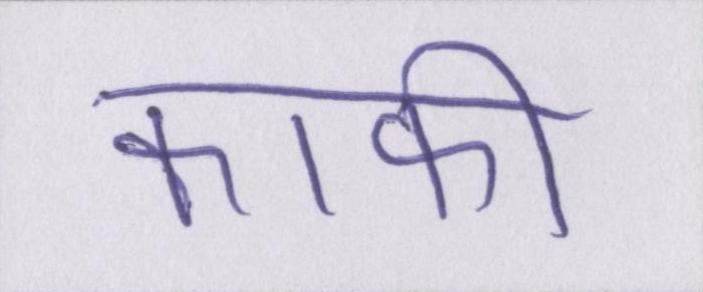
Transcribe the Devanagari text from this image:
काफी